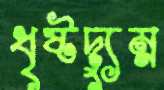
ধৃষ্টদ্যুম্ন